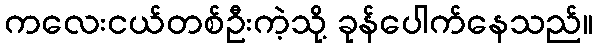
ကလေးငယ်တစ်ဦးကဲ့သို့ ခုန်ပေါက်နေသည်။